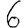
Digit: 6